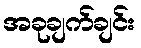
အခုချက်ချင်း